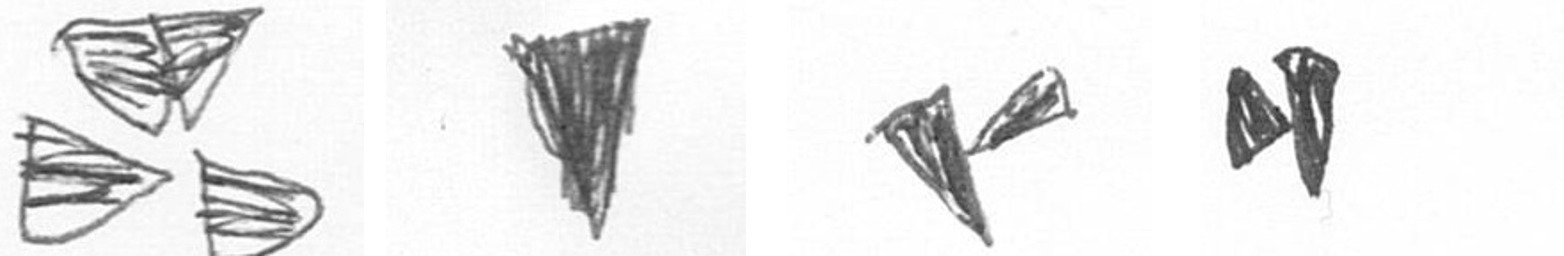
B J F M